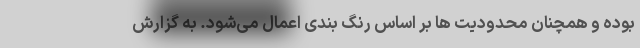
بوده و همچنان محدودیت ها بر اساس رنگ بندی اعمال می‌شود. به گزارش